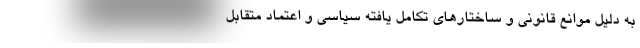
به دلیل موانع قانونی و ساختارهای تکامل یافته سیاسی و اعتماد متقابل